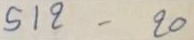
512 - 20